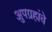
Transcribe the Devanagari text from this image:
अुपग्रहांचे